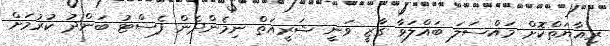
ރިއާޔަތްކޮށް މައްސަލަ ބައްލަވާ ގާޒީ ވަނީ ޝަރީއަތް ނިމެންދެން ފެސްޓު ބަންދު ކުރުމަށް